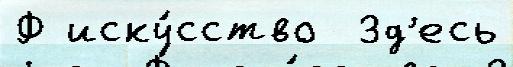
Ф иску́сство  Зд'есь